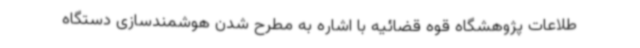
طلاعات پژوهشگاه قوه قضائیه با اشاره به مطرح شدن هوشمندسازی دستگاه